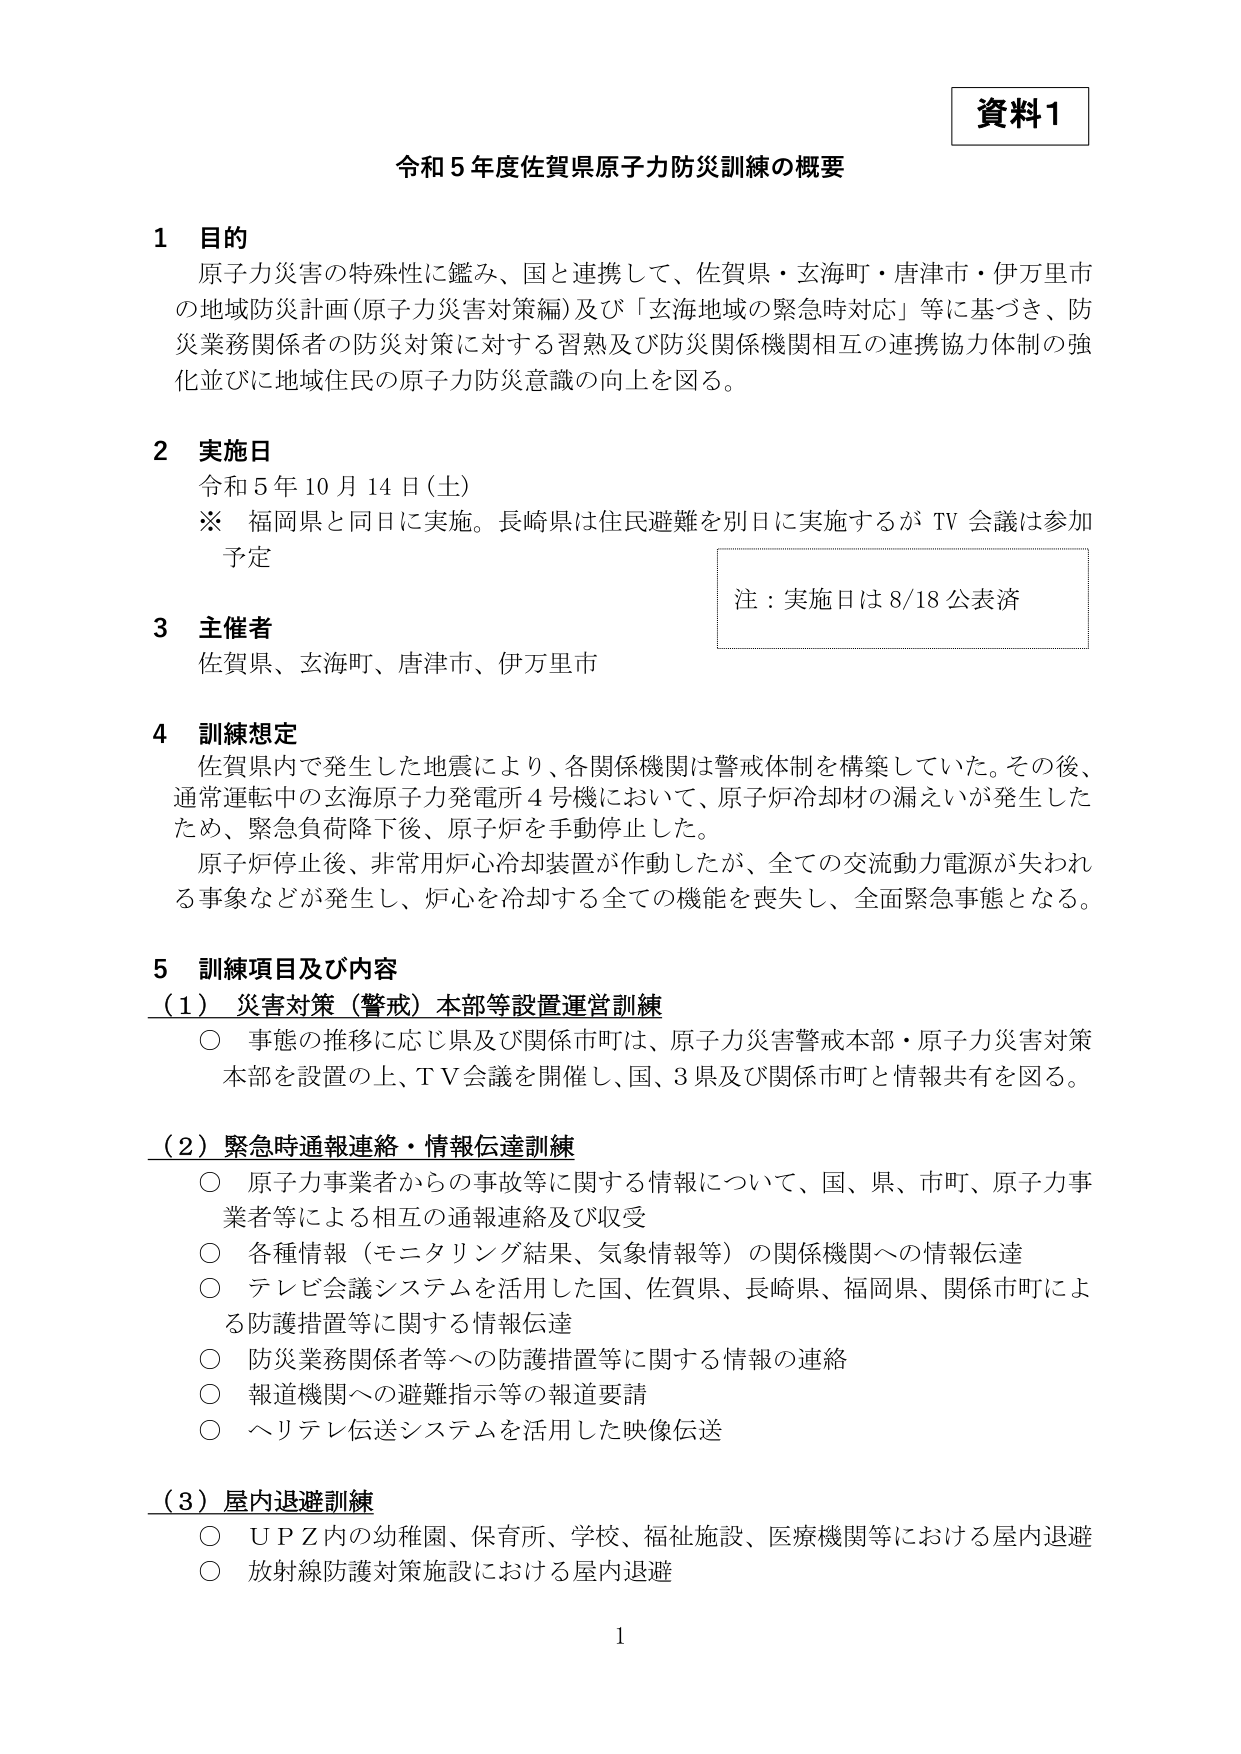
資料1

令和5年度佐賀県原子力防災訓練の概要

1 目的
原子力災害の特殊性に鑑み、国と連携して、佐賀県・玄海町・唐津市・伊万里市の地域防災計画（原子力災害対策編）及び「玄海地域の緊急時対応」等に基づき、防災業務関係者の防災対策に対する習熟及び防災関係機関相互の連携協力体制の強化並びに地域住民の原子力防災意識の向上を図る。

2 実施日
令和5年10月14日（土）
※ 福岡県と同日に実施。長崎県は住民避難を別日に実施するがTV会議は参加予定

注：実施日は8/18公表済

3 主催者
佐賀県、玄海町、唐津市、伊万里市

4 訓練想定
佐賀県内で発生した地震により、各関係機関は警戒体制を構築していた。その後、通常運転中の玄海原子力発電所4号機において、原子炉冷却材の漏えいが発生したため、緊急負荷降下後、原子炉を手動停止した。
原子炉停止後、非常用炉心冷却装置が作動したが、全ての交流動力電源が失われる事象などが発生し、炉心を冷却する全ての機能を喪失し、全面緊急事態となる。

5 訓練項目及び内容
（1）災害対策（警戒）本部等設置運営訓練
○ 事態の推移に応じ県及び関係市町は、原子力災害警戒本部・原子力災害対策本部を設置の上、TV会議を開催し、国、3県及び関係市町と情報共有を図る。

（2）緊急時通報連絡・情報伝達訓練
○ 原子力事業者からの事故等に関する情報について、国、県、市町、原子力事業者等による相互の通報連絡及び収受
○ 各種情報（モニタリング結果、気象情報等）の関係機関への情報伝達
○ テレビ会議システムを活用した国、佐賀県、長崎県、福岡県、関係市町による防護措置等に関する情報伝達
○ 防災業務関係者等への防護措置等に関する情報の連絡
○ 報道機関への避難指示等の報道要請
○ ヘリテレビ伝送システムを活用した映像伝送

（3）屋内退避訓練
○ UPZ内の幼稚園、保育所、学校、福祉施設、医療機関等における屋内退避
○ 放射線防護対策施設における屋内退避

1